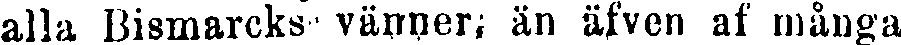
alla Bismarcks vänner; än äfven af många